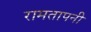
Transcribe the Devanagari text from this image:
रामतापनी